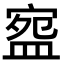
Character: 𭾅